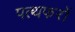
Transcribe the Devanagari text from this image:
पत्थफरों